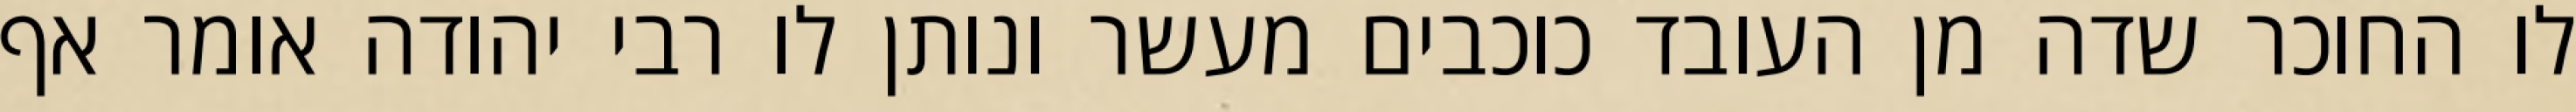
לו החוכר שדה מן העובד כוכבים מעשר ונותן לו רבי יהודה אומר אף